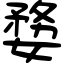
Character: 㜈